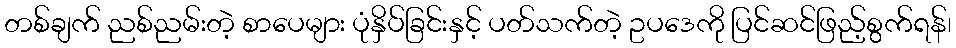
တစ်ချက် ညစ်ညမ်းတဲ့ စာပေများ ပုံနှိပ်ခြင်းနှင့် ပတ်သက်တဲ့ ဥပဒေကို ပြင်ဆင်ဖြည့်စွက်ရန်၊